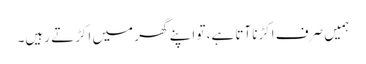
ہمیں صرف اکڑناآتا ہے، تو اپنے گھر میں اکڑتے رہیں۔